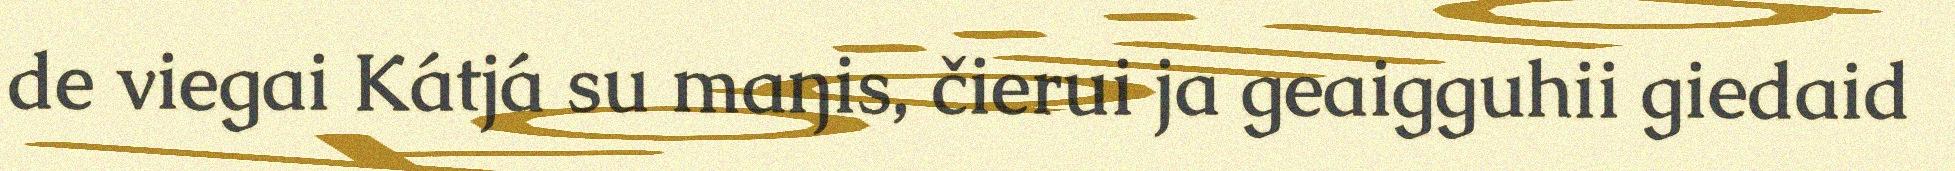
de viegai Kátjá su maŋis, čierui ja geaigguhii giedaid